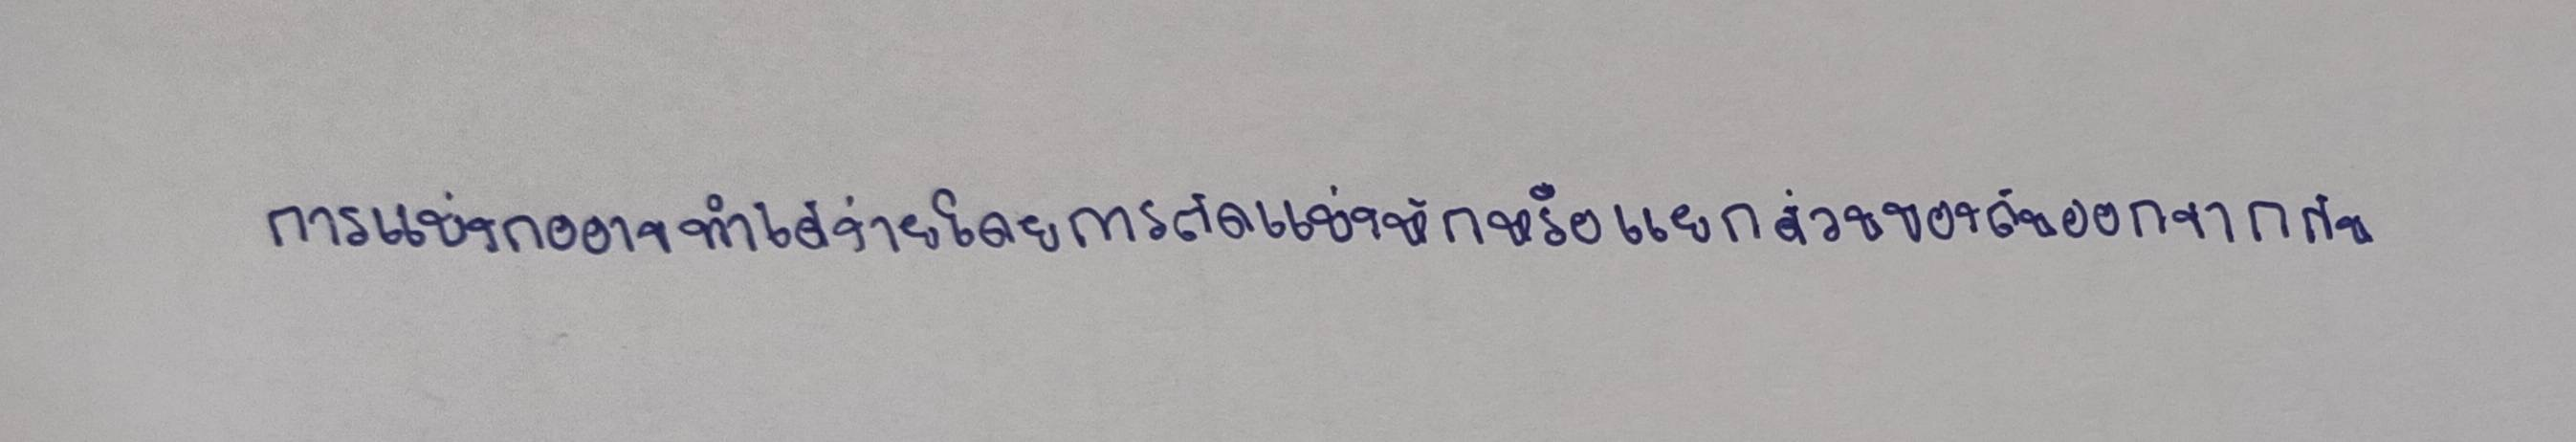
การแบ่งกออาจทำได้ง่ายโดยการตัดแบ่งหักหรือแยกส่วนของต้นออกจากกัน